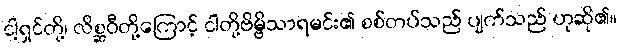
ငါ့ရှင်တို့၊ လိစ္ဆဝီတို့ကြောင့် ငါတို့ဗိမ္ဗိသာရမင်း၏ စစ်တပ်သည် ပျက်သည် ဟုဆို၏။